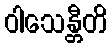
ဝါသေန္တီတိ